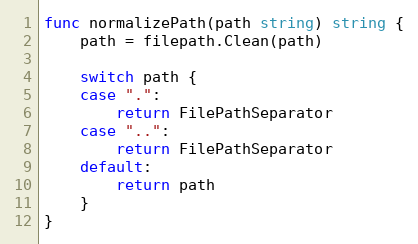
Language: Go
func normalizePath(path string) string {
	path = filepath.Clean(path)

	switch path {
	case ".":
		return FilePathSeparator
	case "..":
		return FilePathSeparator
	default:
		return path
	}
}